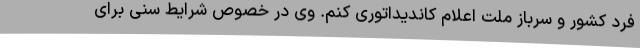
فرد کشور و سرباز ملت اعلام کاندیداتوری کنم. وی در خصوص شرایط سنی برای